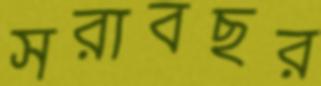
সরাবছর